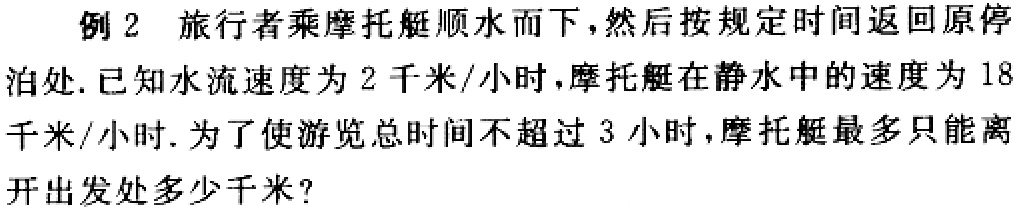
例2 旅行者乘摩托艇顺水而下，然后按规定时间返回原停泊处. 已知水流速度为2千米/小时，摩托艇在静水中的速度为18千米/小时. 为了使游览总时间不超过3小时，摩托艇最多只能离开出发处多少千米？